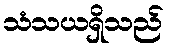
သံသယရှိသည်